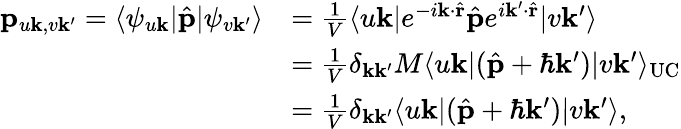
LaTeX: \begin{array}{rl}{\mathbf{p}_{u\mathbf{k},v\mathbf{k^{\prime}}}=\langle\psi_{u\mathbf{k}}|\hat{\mathbf{p}}|\psi_{v\mathbf{k}^{\prime}}\rangle}&{=\frac{1}{V}\langle u\mathbf{k}|e^{-i\mathbf{k}\cdot\hat{\mathbf{r}}}\hat{\mathbf{p}}e^{i\mathbf{k}^{\prime}\cdot\hat{\mathbf{r}}}|v\mathbf{k}^{\prime}\rangle}\\ &{=\frac{1}{V}\delta_{\mathbf{k}\mathbf{k^{\prime}}}M\langle u\mathbf{k}|(\hat{\mathbf{p}}+\hbar\mathbf{k^{\prime}})|v\mathbf{k^{\prime}}\rangle_{\textrm{UC}}}\\ &{=\frac{1}{V}\delta_{\mathbf{k}\mathbf{k^{\prime}}}\langle u\mathbf{k}|(\hat{\mathbf{p}}+\hbar\mathbf{k^{\prime}})|v\mathbf{k^{\prime}}\rangle,}\end{array}